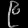
Digit: ၉